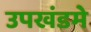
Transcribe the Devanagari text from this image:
उपखंडमे